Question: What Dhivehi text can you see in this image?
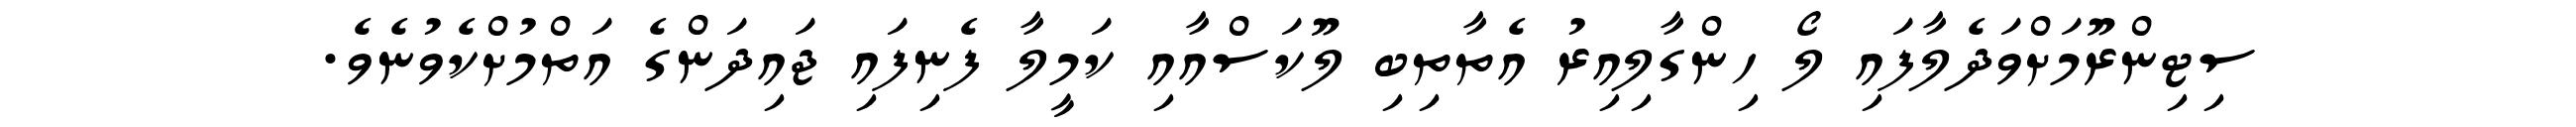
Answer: ސިޓިންރޫމަށްވަދެލާފައި ލޯ ހިންގާލިއިރު އެތާތިބި ލޫކަސްއާއި ކަމީލާ ފެނިފައި ޖައިދަންގެ އަތްމުށްކެވުނެވެ.